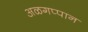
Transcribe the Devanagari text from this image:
अळगप्पान